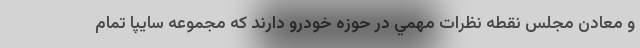
و معادن مجلس نقطه نظرات مهمي در حوزه خودرو دارند كه مجموعه سايپا تمام